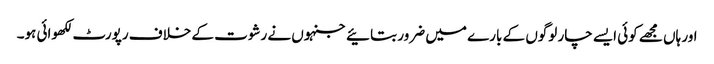
اور ہاں مجھے کوئی ایسے چار لوگوں کے بارے میں ضرور بتائیے جنہوں نے رشوت کے خلاف رپورٹ لکھوائی ہو۔